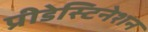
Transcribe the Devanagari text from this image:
प्रीडेस्टिनेशन